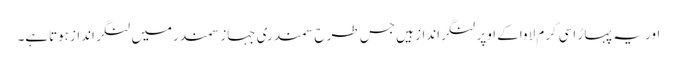
اور یہ پہاڑ اسی گرم لاواکے اوپر لنگرانداز ہیں جس طرح سمندری جہازسمندرمیں لنگر اندازہوتاہے۔